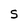
Character: S